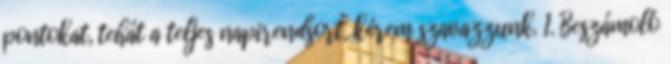
pontokat, tehát a teljes napirendsort, kérem szavazzunk. 1. Beszámoló